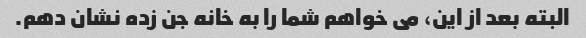
البته بعد از این، می خواهم شما را به خانه جن زده نشان دهم.